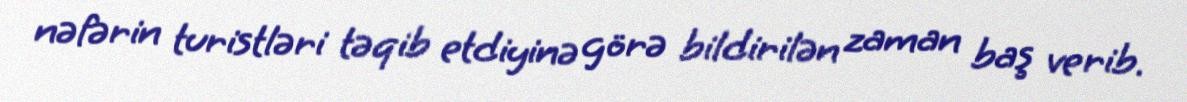
nəfərin turistləri təqib etdiyinə görə bildirilən zaman baş verib.